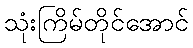
သုံးကြိမ်တိုင်အောင်